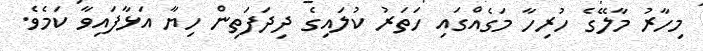
މިހާރު މާލޭގެ ހުރިހާ މަގެއްގައި ހަތަރު ކުލައިގެ ދިދަފަތިން ހިޔާ އަޅާފައިވާ ކަމެވެ.